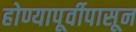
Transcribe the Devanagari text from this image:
होण्यापूर्वीपासून